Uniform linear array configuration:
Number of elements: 4
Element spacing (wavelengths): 0.5
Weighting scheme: cosine
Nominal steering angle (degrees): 45
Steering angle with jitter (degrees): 44.788
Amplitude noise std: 0.05
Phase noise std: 0.05

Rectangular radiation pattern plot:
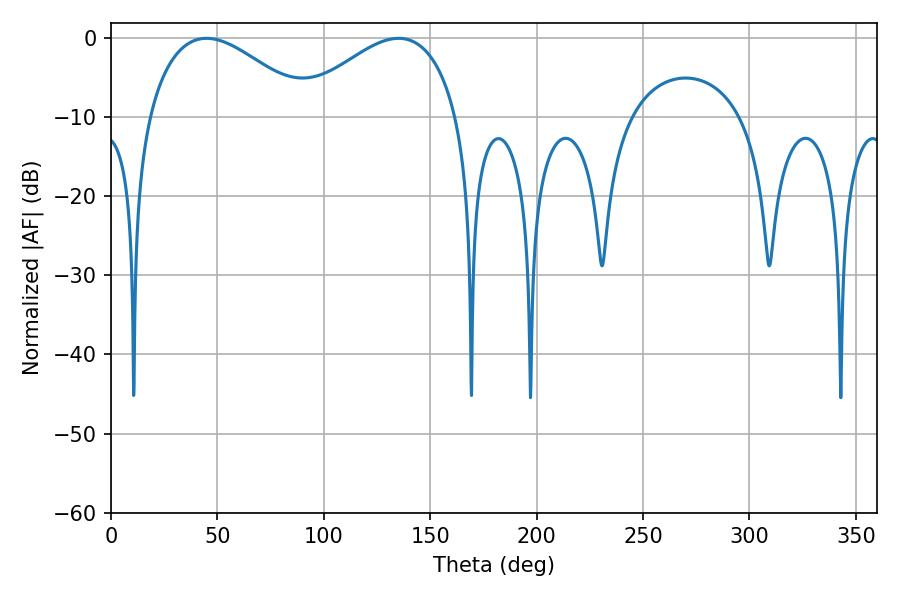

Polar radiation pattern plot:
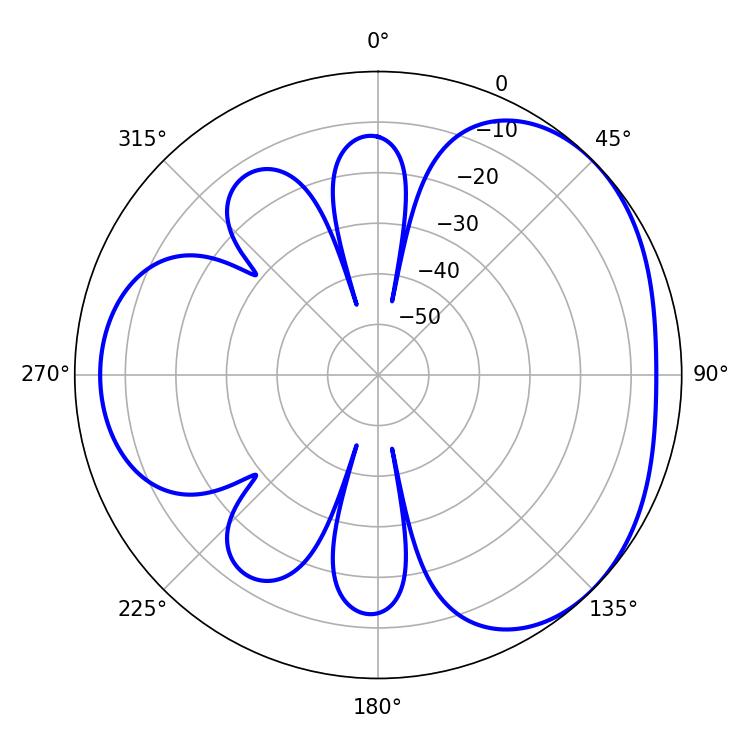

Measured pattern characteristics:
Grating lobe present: FALSE
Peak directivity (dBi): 3.378
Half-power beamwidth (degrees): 41.58
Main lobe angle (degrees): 44.82